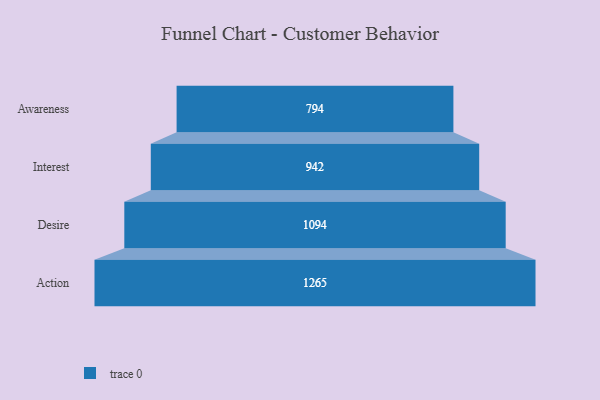
{"axis": {"x": "Stage", "y": "Value"}, "legend": [""], "data": [{"x": "Awareness", "y": 794.0, "type": ""}, {"x": "Interest", "y": 942.0, "type": ""}, {"x": "Desire", "y": 1094.0, "type": ""}, {"x": "Action", "y": 1265.0, "type": ""}]}